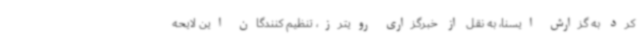
کرد به گزارش ایسنا، به نقل از خبرگزاری رویترز، تنظیم کنندگان این لایحه